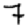
Digit: 7